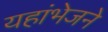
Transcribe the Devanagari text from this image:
यहांभेजने